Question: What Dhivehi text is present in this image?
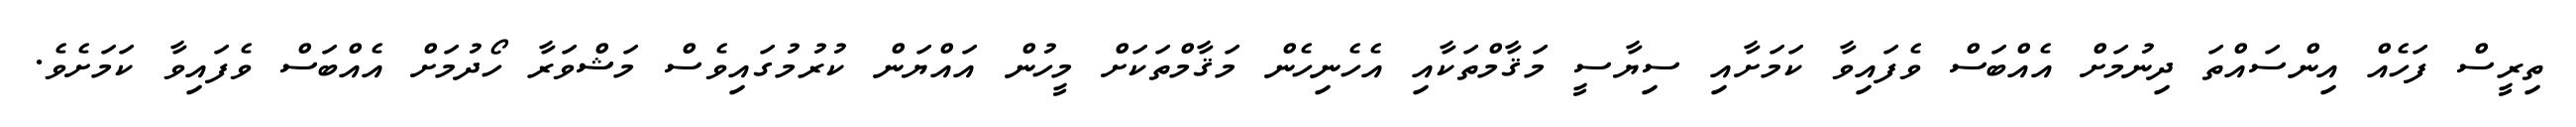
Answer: ތިރީސް ފަހެއް އިންސައްތަ ދިނުމަށް އެއްބަސް ވެފައިވާ ކަމަށާއި ސިޔާސީ މަޤާމްތަކާއި އެހެނިހެން މަޤާމްތަކަށް މީހުން އައްޔަން ކުރުމުގައިވެސް މަޝްވަރާ ހޯދުމަށް އެއްބަސް ވެފައިވާ ކަމަށެވެ.